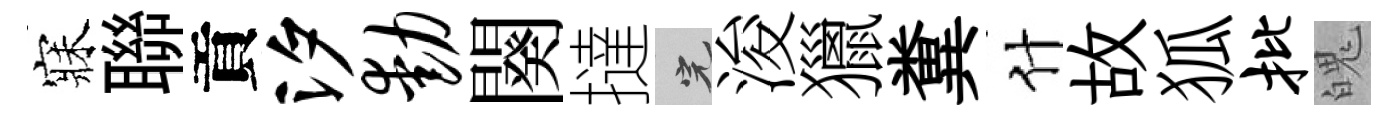
寐聯貢汐动闋撻完浚獵糞什故狐批魄